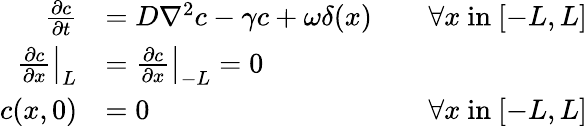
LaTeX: \begin{array}{rlr}{\frac{\partial c}{\partial t}}&{=D\nabla^{2}c-\gamma c+\omega\delta(x)}&{\quad\forall x\mathrm{~in~}[-L,L]}\\ {\left.\frac{\partial c}{\partial x}\right|_{L}}&{=\left.\frac{\partial c}{\partial x}\right|_{-L}=0}\\ {c(x,0)}&{=0}&{\forall x\mathrm{~in~}[-L,L]}\end{array}